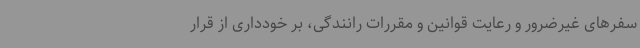
سفرهای غیرضرور و رعایت قوانین و مقررات رانندگی، بر خودداری از قرار